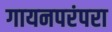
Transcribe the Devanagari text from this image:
गायनपरंपरा